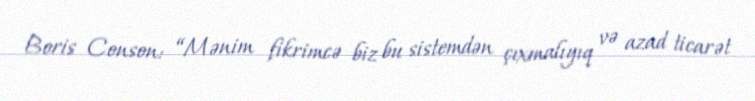
Boris Conson: “Mənim fikrimcə biz bu sistemdən çıxmalıyıq və azad ticarət